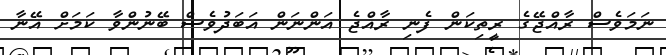
ނަމަވެސް ރާއްޖޭގެ ރީތިކަން ފެނި ރާއްޖެ އަންނަން އަބަދުވެސް ބޭނުންވާ ކަމަށް އޭނާ